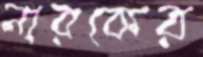
নারকের